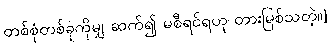
တစ်စုံတစ်ခုကိုမျှ ဆက်၍ မစီရင်ရဟု တားမြစ်သတဲ့။]